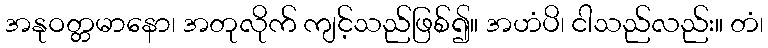
အနုဝတ္တမာနော၊ အတုလိုက် ကျင့်သည်ဖြစ်၍။ အဟံပိ၊ ငါသည်လည်း။ တံ၊